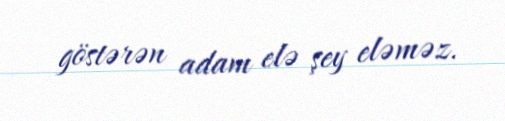
göstərən adam elə şey eləməz.